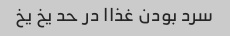
سرد بودن غذاا در حد یخ یخ